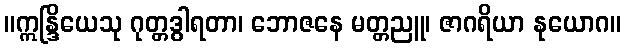
။ဣန္ဒြိယေသု ဂုတ္တဒွါရတာ၊ ဘောဇနေ မတ္တညူ၊ ဇာဂရိယာ နုယောဂ။